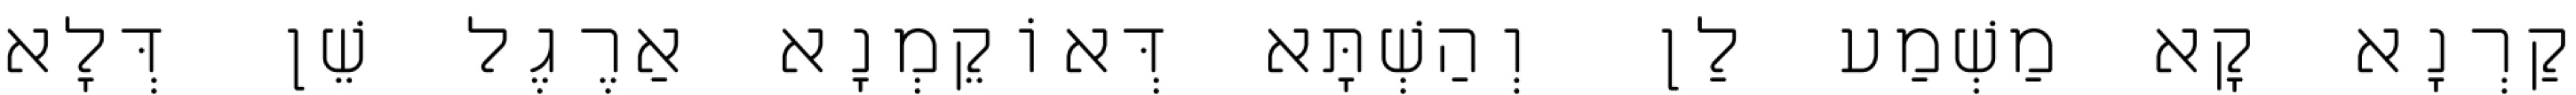
קַרְנָא קָא מַשְׁמַע לַן וְהַשְׁתָּא דְּאוֹקֵמְנָא אַרֶגֶל שֵׁן דְּלָא